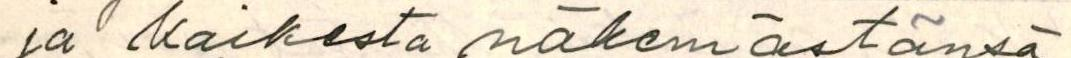
da